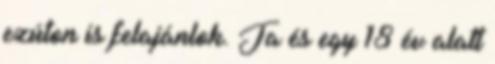
ezúton is felajánlok. Ja és egy 18 év alatt